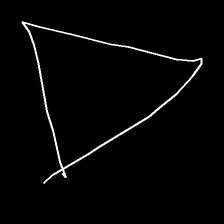
Glyph: convergence